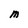
Character: M